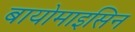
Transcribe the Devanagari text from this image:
बायोमाइसिन